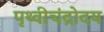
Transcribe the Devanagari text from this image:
पृथ्वीचंद्रोदय